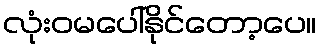
လုံးဝမပေါ်နိုင်တော့ပေ။